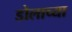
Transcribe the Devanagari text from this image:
डोलाच्या